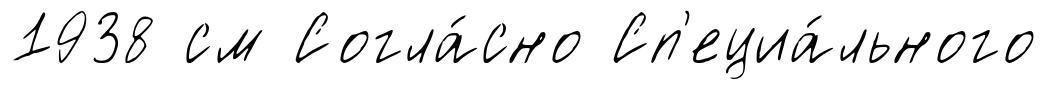
1938 см Согла́сно Сп'ециа́льного